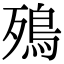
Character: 殦